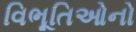
વિભૂતિઓનો